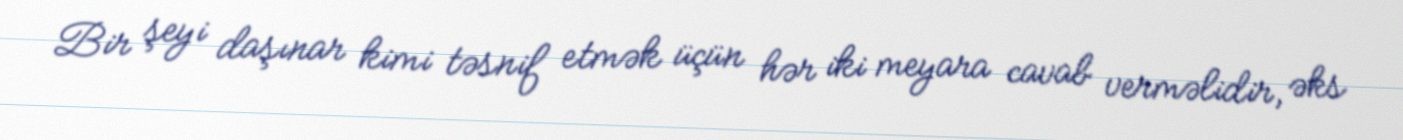
Bir şeyi daşınar kimi təsnif etmək üçün hər iki meyara cavab verməlidir, əks